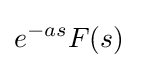
e^{-as}F(s)\